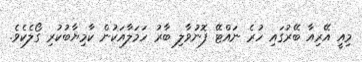
މިއީ އޭރިއާ ބޭރުގައި ހުރެ ނައްޓޭ ފޮނުވާލި ބާރު ހަމަލާއަކުން ކާމިޔާބުކުރި ގޯލެކެވެ.